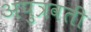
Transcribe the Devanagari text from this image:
अपुत्रवती